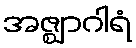
အဇ္ဈာဂါရံ